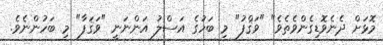
މޮޅަށް ދެނެވޮޑިގެންވެތެވެ" "ވަޤްފު" މި ބަހުގެ އަސްލު އަންނަނީ "ވަޤަފާ" މި ބަހުންނެވެ.